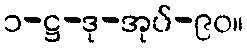
၁-ဋ္ဌ-ဒု-အုပ်-၉၀။